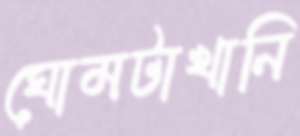
ঘোমটাখানি